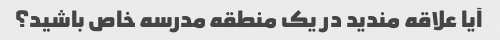
آیا علاقه مندید در یک منطقه مدرسه خاص باشید؟